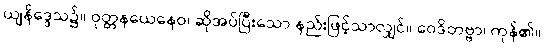
ယျနိဒ္ဒေသ၌။ ဝုတ္တနယေနေဝ၊ ဆိုအပ်ပြီးသော နည်းဖြင့်သာလျှင်။ ဝေဒိတဗ္ဗာ၊ ကုန်၏။